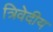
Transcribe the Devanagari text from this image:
त्रिवेदीय